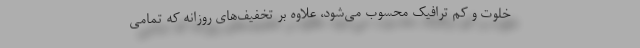
خلوت و کم ترافیک محسوب می‌شود، علاوه بر تخفیف‌های روزانه که تمامی